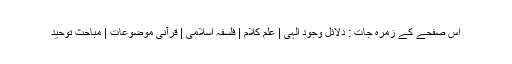
اس صفحے کے زمرہ جات : دلائل وجود الہی | علم کلام | فلسفہ اسلامی | قرآنی موضوعات | مباحث توحید